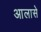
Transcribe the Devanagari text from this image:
आलासे